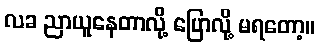
လခ ညာယူနေတာလို့ ပြောလို့ မရတော့။